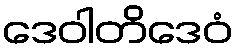
ဒေဝါတိဒေဝံ